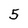
Character: 5